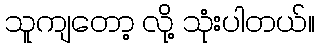
သူကျတော့ လို့ သုံးပါတယ်။